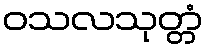
ဝသလသုတ္တံ